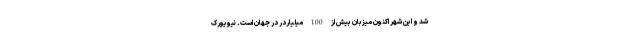
شد و این شهر اکنون میزبان بیش از 100 میلیاردر در جهان است. نیویورک